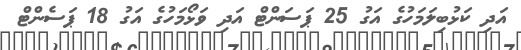
އަދި ކަޅުބިލަމަހުގެ އަގު 25 ޕަސަންޓް އަދި ވަޅޯމަހުގެ އަގު 18 ޕަސެންޓް